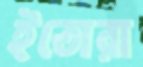
ইতোরা